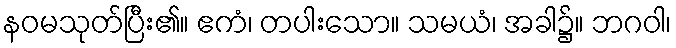
နဝမသုတ်ပြီး၏။ ဧကံ၊ တပါးသော။ သမယံ၊ အခါ၌။ ဘဂဝါ၊